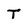
Character: T